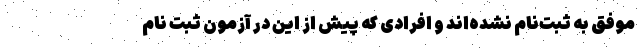
موفق به ثبت‌نام نشده‌اند و افرادی که پیش از این در آزمون ثبت نام